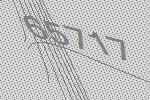
65717